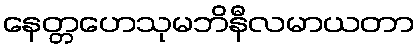
နေတ္တဟေသုမဘိနီလမာယတာ